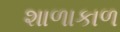
શાળાકાળ